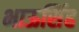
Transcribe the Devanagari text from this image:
भाऊसिंह